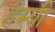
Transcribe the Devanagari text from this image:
हम्बी